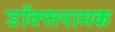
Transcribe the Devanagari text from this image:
डॉक्सनामक